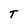
Character: T